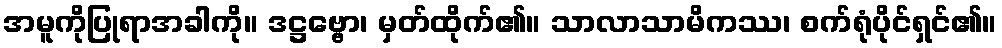
အမူကိုပြုရာအခါကို။ ဒဋ္ဌဗ္ဗော၊ မှတ်ထိုက်၏။ သာလာသာမိကဿ၊ စက်ရုံပိုင်ရှင်၏။